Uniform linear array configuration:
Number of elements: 4
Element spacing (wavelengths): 0.25
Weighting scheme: kaiser
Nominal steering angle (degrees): -30
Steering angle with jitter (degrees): -30.372
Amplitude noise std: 0.05
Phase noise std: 0.05

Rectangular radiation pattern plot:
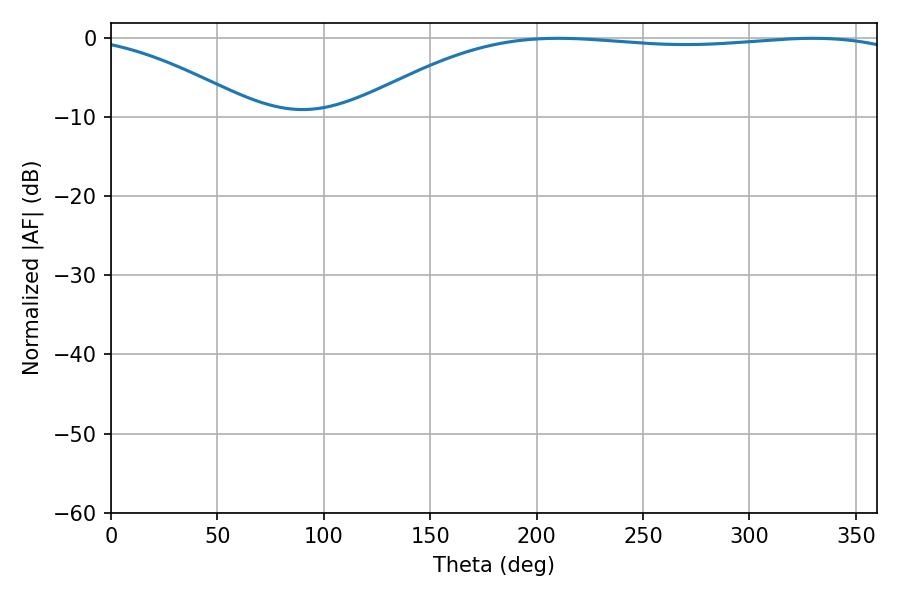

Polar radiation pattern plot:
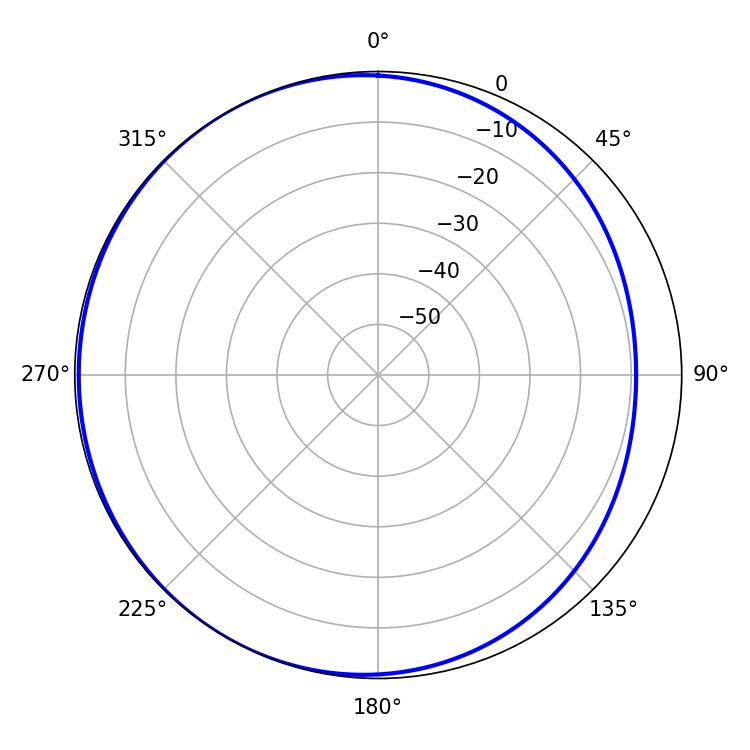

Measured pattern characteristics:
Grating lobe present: FALSE
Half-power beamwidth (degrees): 206.28
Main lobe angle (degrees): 210.06